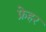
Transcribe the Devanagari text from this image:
फ्रेहर